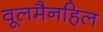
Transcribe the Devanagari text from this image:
वूलमैनहिल